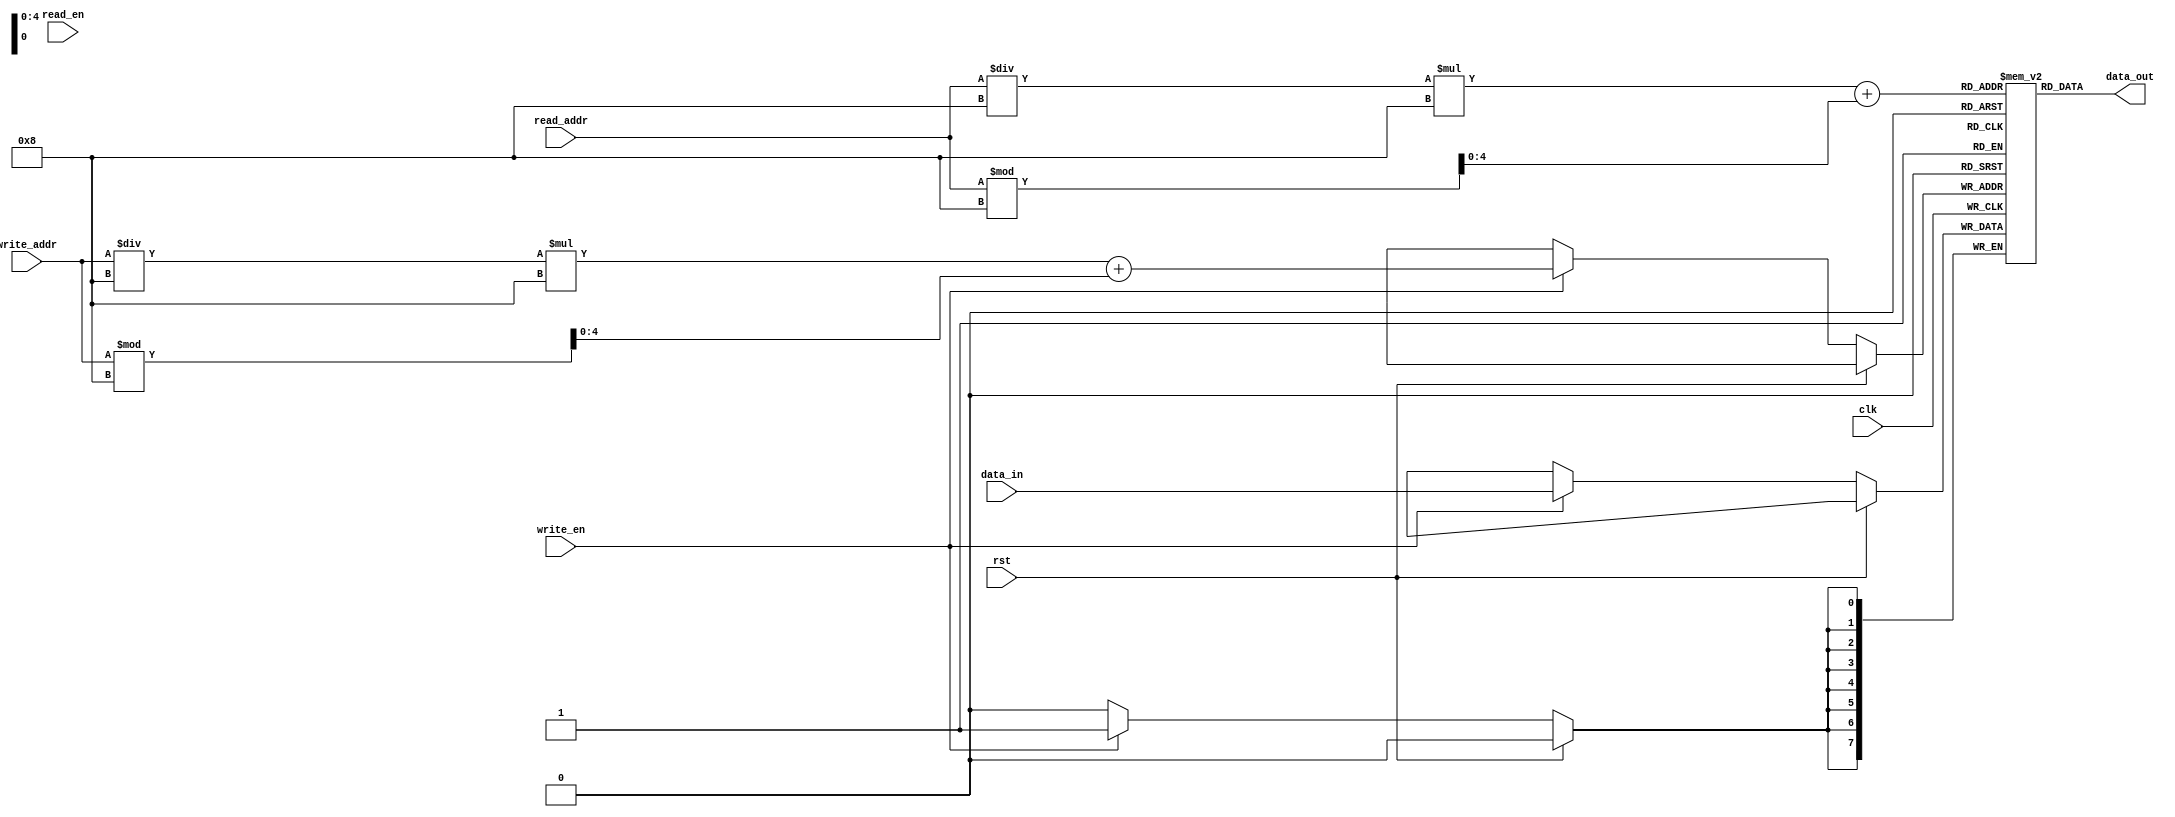
module circular_register_file (
    input wire clk,                // Clock signal
    input wire rst,                // Reset signal
    input wire write_en,           // Write enable signal
    input wire [7:0] write_addr,   // Write address
    input wire read_en,            // Read enable signal
    input wire [7:0] read_addr,    // Read address
    input wire [7:0] data_in,      // Data input for write operation
    output reg [7:0] data_out      // Data output for read operation
);

// Parameters for memory blocks and registers
parameter NUM_BLOCKS = 4;        // Number of memory blocks
parameter NUM_REGS_PER_BLOCK = 8; // Number of registers per block

// Internal signals
reg [7:0] memory [0:NUM_BLOCKS-1][0:NUM_REGS_PER_BLOCK-1]; // Memory blocks array
reg [7:0] read_ptr, write_ptr;    // Read and write pointers

// Initializations
initial begin
    read_ptr <= 0;
    write_ptr <= 0;
end

always @(posedge clk) begin
    if (rst) begin
        read_ptr <= 0;
        write_ptr <= 0;
    end else begin
        // Update read pointer
        if (read_en) begin
            read_ptr <= read_addr;
        end

        // Update write pointer
        if (write_en) begin
            memory[write_addr / NUM_REGS_PER_BLOCK][write_addr % NUM_REGS_PER_BLOCK] <= data_in;
            write_ptr <= write_addr;
        end
    end
end

// Read data from memory
always @(*) begin
    data_out = memory[read_addr / NUM_REGS_PER_BLOCK][read_addr % NUM_REGS_PER_BLOCK];
end

endmodule